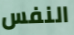
النفس